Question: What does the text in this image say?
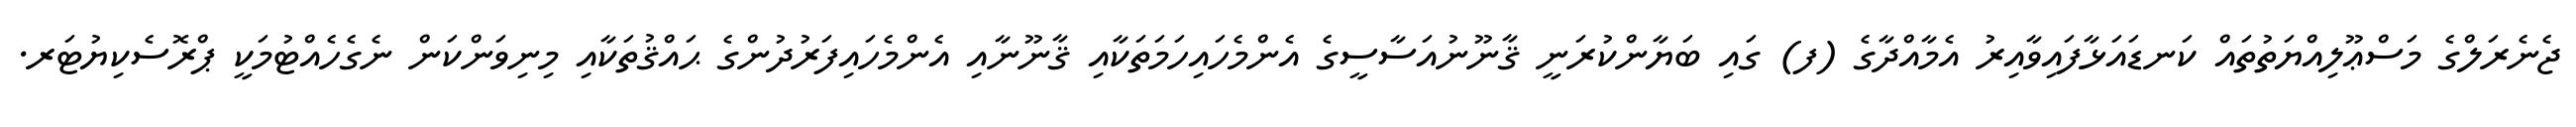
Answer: ޖެނެރަލްގެ މަސްޢޫލިއްޔަތުތައް ކަނޑައަޅާފައިވާއިރު އެމާއްދާގެ (ފ) ގައި ބަޔާންކުރަނީ ޤާނޫނުއަސާސީގެ އެންމެހައިހަމަތަކާއި ޤާނޫނާއި އެންމެހައިފަރުދުންގެ ޙައްޤުތަކާއި މިނިވަންކަން ނެގެހެއްޓުމަކީ ޕްރޮސެކިޔުޓަރ.